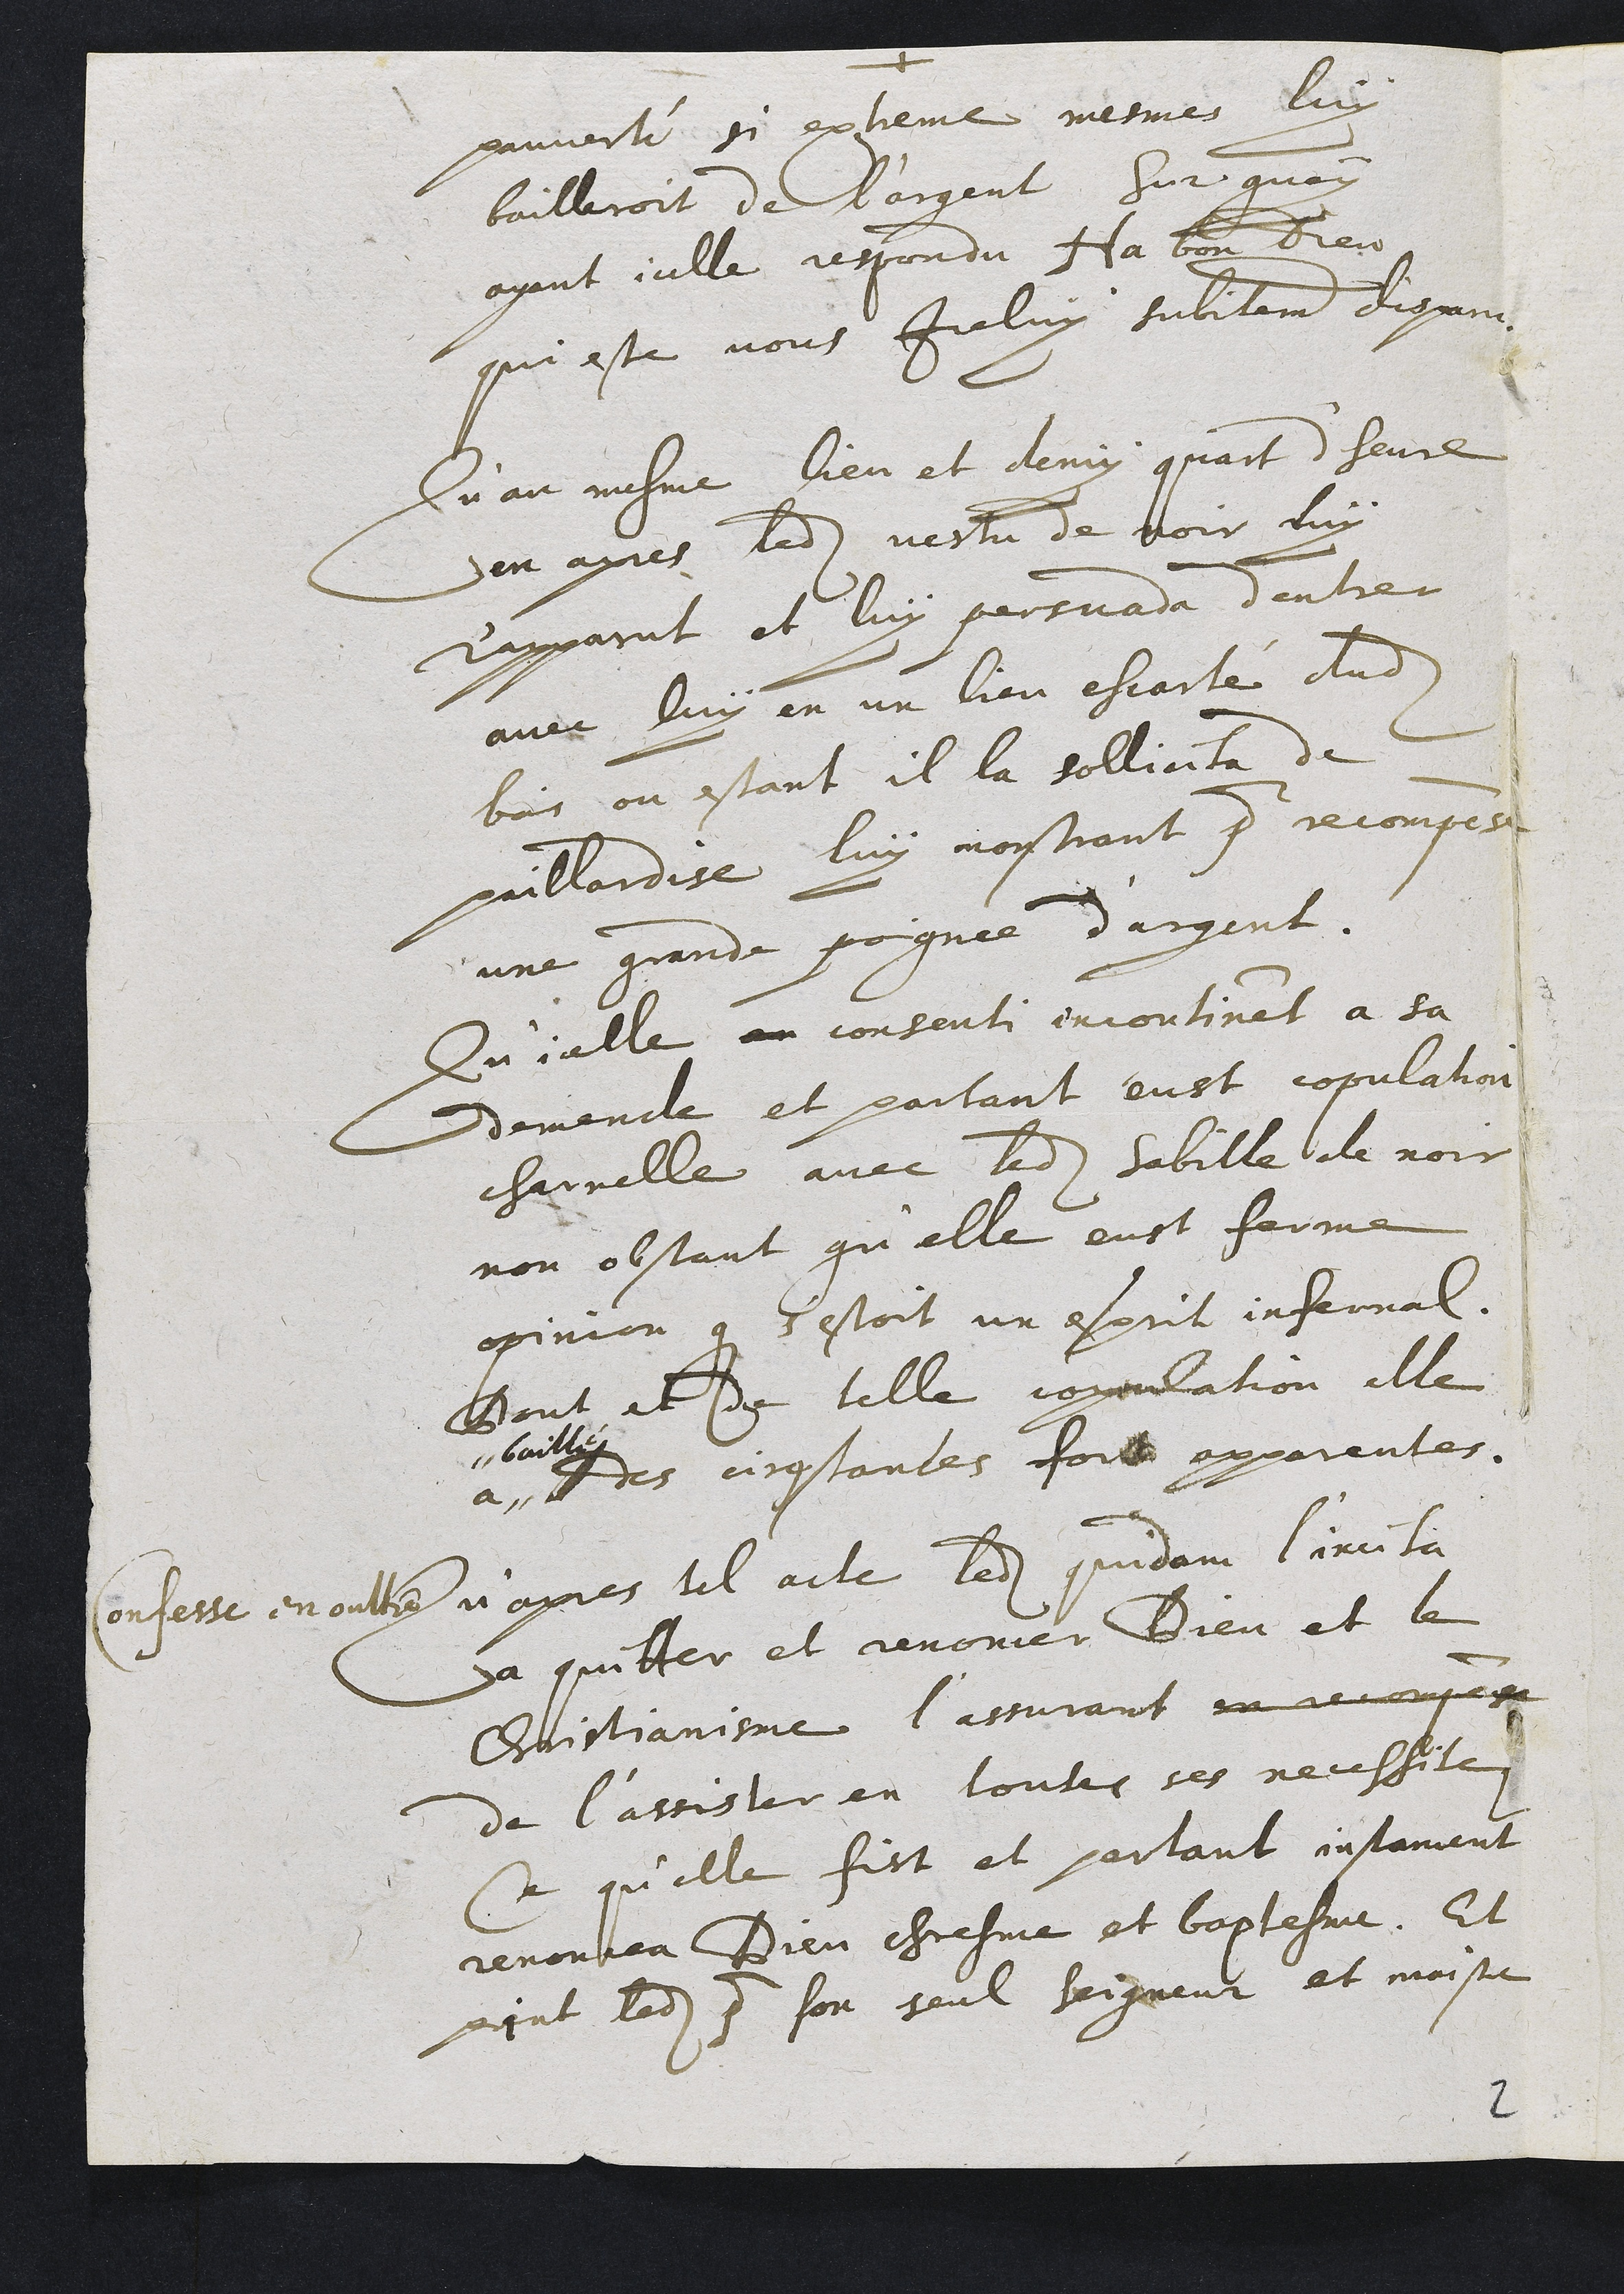
pauverté si extreme mesmes luy
bailleroit de l'argent Sur quoy
ayant icelle respondu Ha bom Dieu
qui este vous iceluy subitement depari
Qu' au mesme lieu et demy quart d'heure
en apres ledit vestu de voir luy
r'apparut et luy persuada dentrer
avec luy en un lieu escarté dudit
bois ou estant il la sollicita de
paillardise luy mostrant pour recompeee
une grande pognée d'arpent.
Qu'icelle en consenti incontinet à sa
demende et partant eust copulation
charrelle avec ledit habille de noir
non obstant qu’elle eust ferme
opinion que s'estoit un esprit infernal.
Bout et de telle copoulation elle
à
baillez
Des cinconstantes fort appareutes.
Confesse en oulte n apres tel acte ledit quidam l'anci ha
a quitter et renoncer Dieu et le
Chuistiansne l’assurant en recongehe
de l’'assistler en toutes ses necessites
Se qu'elle fist et portant instament
renouvea Dieu chresme et baptesme. Et
prnt ledit poure son seul Seigneur et moistre